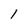
Character: l